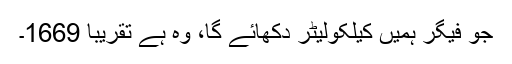
جو فیگر ہمیں کیلکولیٹر دکھائے گا، وہ ہے تقریبا 1669۔